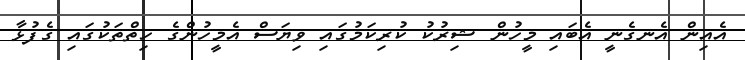
އެއިން އެނގެނީ އެބައި މީހުން ޝިރުކު ކުރިކަމުގައި ވިޔަސް އެމީހުންގެ ހިތްތަކުގައި ގެފުޅާ